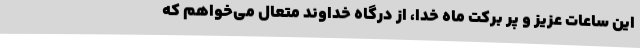
این ساعات عزیز و پر برکت ماه خدا، از درگاه خداوند متعال می‌خواهم که